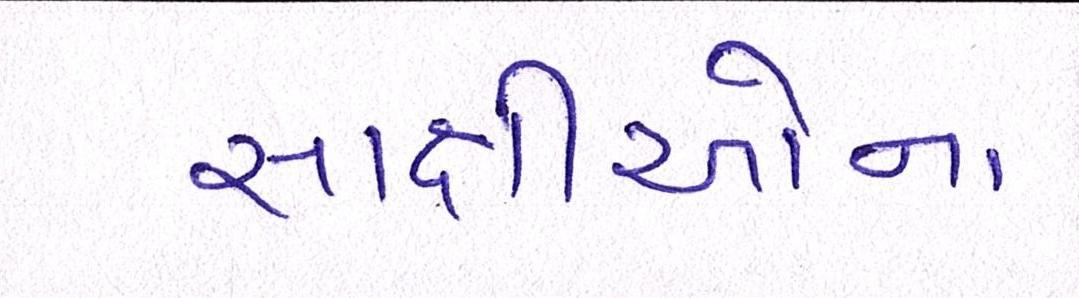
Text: સાક્ષીઓના